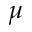
\mu